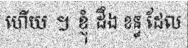
ហើយ ។ ខ្ញុំ ដឹង ខន្ធ ដែល